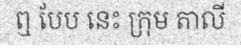
ឮ បែប នេះ ក្រុម តាលី